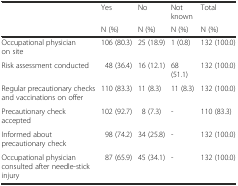
<table><thead><tr><td rowspan="2"></td><td><b>Yes</b></td><td><b>No</b></td><td><b>Not known</b></td><td><b>Total</b></td></tr><tr><td><b>N (%)</b></td><td><b>N (%)</b></td><td><b>N (%)</b></td><td><b>N (%)</b></td></tr></thead><tbody><tr><td>Occupational physician on site</td><td>106 (80.3)</td><td>25 (18.9)</td><td>1 (0.8)</td><td>132 (100.0)</td></tr><tr><td>Risk assessment conducted</td><td>48 (36.4)</td><td>16 (12.1)</td><td>68 (51.1)</td><td>132 (100.0)</td></tr><tr><td>Regular precautionary checks and vaccinations on offer</td><td>110 (83.3)</td><td>11 (8.3)</td><td>11 (8.3)</td><td>132 (100.0)</td></tr><tr><td>Precautionary check accepted</td><td>102 (92.7)</td><td>8 (7.3)</td><td>-</td><td>110 (83.3)</td></tr><tr><td>Informed about precautionary check</td><td>98 (74.2)</td><td>34 (25.8)</td><td>-</td><td>132 (100.0)</td></tr><tr><td>Occupational physician consulted after needle-stick injury</td><td>87 (65.9)</td><td>45 (34.1)</td><td>-</td><td>132 (100.0)</td></tr></tbody></table>